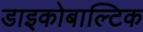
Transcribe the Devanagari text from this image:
डाइकोबाल्टिक